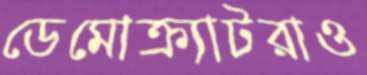
ডেমোক্র্যাটরাও